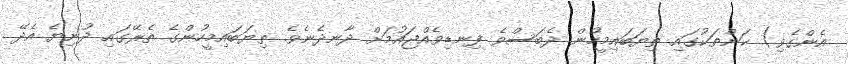
އެންގެވި) ކަންތަކުގައި ތިޔަބައިމީހުން ދެބަސްވެ ފިނޑިވެއްޖައުމަށް ދާނދެނެވެ. ތިޔަބައިމީހުންގެ ތެރޭގައި ދުނިޔެ އެދޭ